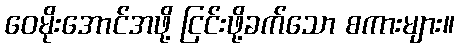
ဝေမိုးအောင်အဖို့ ငြင်းဖို့ခက်သော စကားများ။